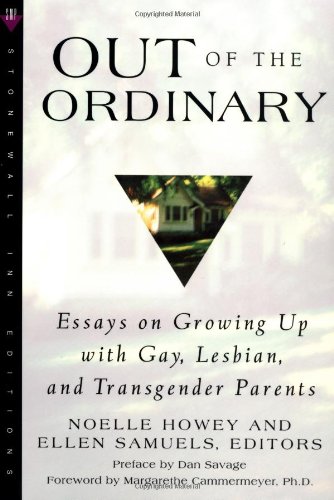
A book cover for Out of the Ordinary: Essays on Growing Up with Gay, Lesbian, and Transgender Parents; Noelle Howey; Gay & Lesbian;